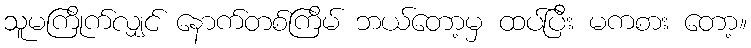
သူမကြိုက်လျှင် နောက်တစ်ကြိမ် ဘယ်တော့မှ ထပ်ပြီး မကစား တော့။